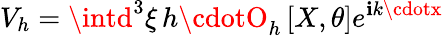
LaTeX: V_{h}=\intd^{3}\xi\, h\cdotO_{h}\left[X,\theta\right]e^{\mathbf{i}k\cdotx}